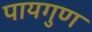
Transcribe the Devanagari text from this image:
पायगुण